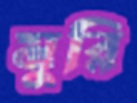
মুরি